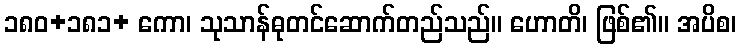
၁၈၀+၁၈၁+ ကော၊ သုသာန်ဓုတင်ဆောက်တည်သည်။ ဟောတိ၊ ဖြစ်၏။ အပိစ၊